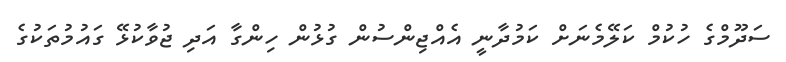
ސަދޫމްގެ ހުކުމް ކަލޭމެނަށް ކަމުދާނީ އެއްޖިންސުން ގުޅުން ހިންގާ އަދި ޖުވާކުޅޭ ގައުމުތަކުގެ